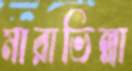
মারাভিল্লা